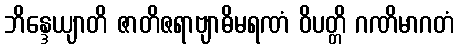
ဘိန္ဒေယျာတိ ဇာတိဇရာဗျာဓိမရဏံ ဝိပတ္တိ ဂဏိမာဂတံ